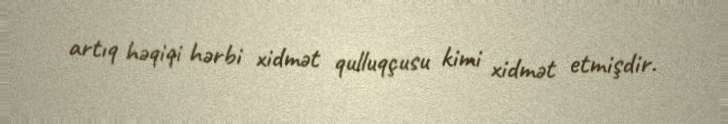
artıq həqiqi hərbi xidmət qulluqçusu kimi xidmət etmişdir.